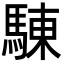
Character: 𩣳